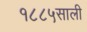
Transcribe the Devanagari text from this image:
१८८५साली